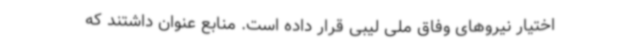
اختیار نیروهای وفاق ملی لیبی قرار داده است. منابع عنوان داشتند که